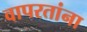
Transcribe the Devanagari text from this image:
वापरतांना